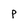
Character: p